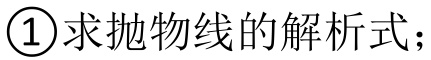
\textcircled{1}求抛物线的解析式；